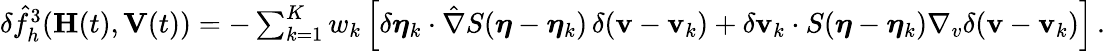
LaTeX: \begin{array}{r}{\delta\hat{f}_{h}^{3}(\mathbf H(t),\mathbf V(t))=-\sum_{k=1}^{K}w_{k}\left[\delta{\boldsymbol\eta}_{k}\cdot\hat{\nabla}S({\boldsymbol\eta}-{\boldsymbol\eta}_{k})\, \delta({\mathbf v}-{\mathbf v}_{k})+\delta{\mathbf v}_{k}\cdot S({\boldsymbol\eta}-{\boldsymbol\eta}_{k})\nabla_{v}\delta({\mathbf v}-{\mathbf v}_{k})\right]\, .}\end{array}